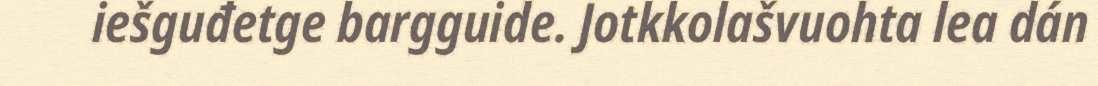
iešguđetge bargguide. Jotkkolašvuohta lea dán